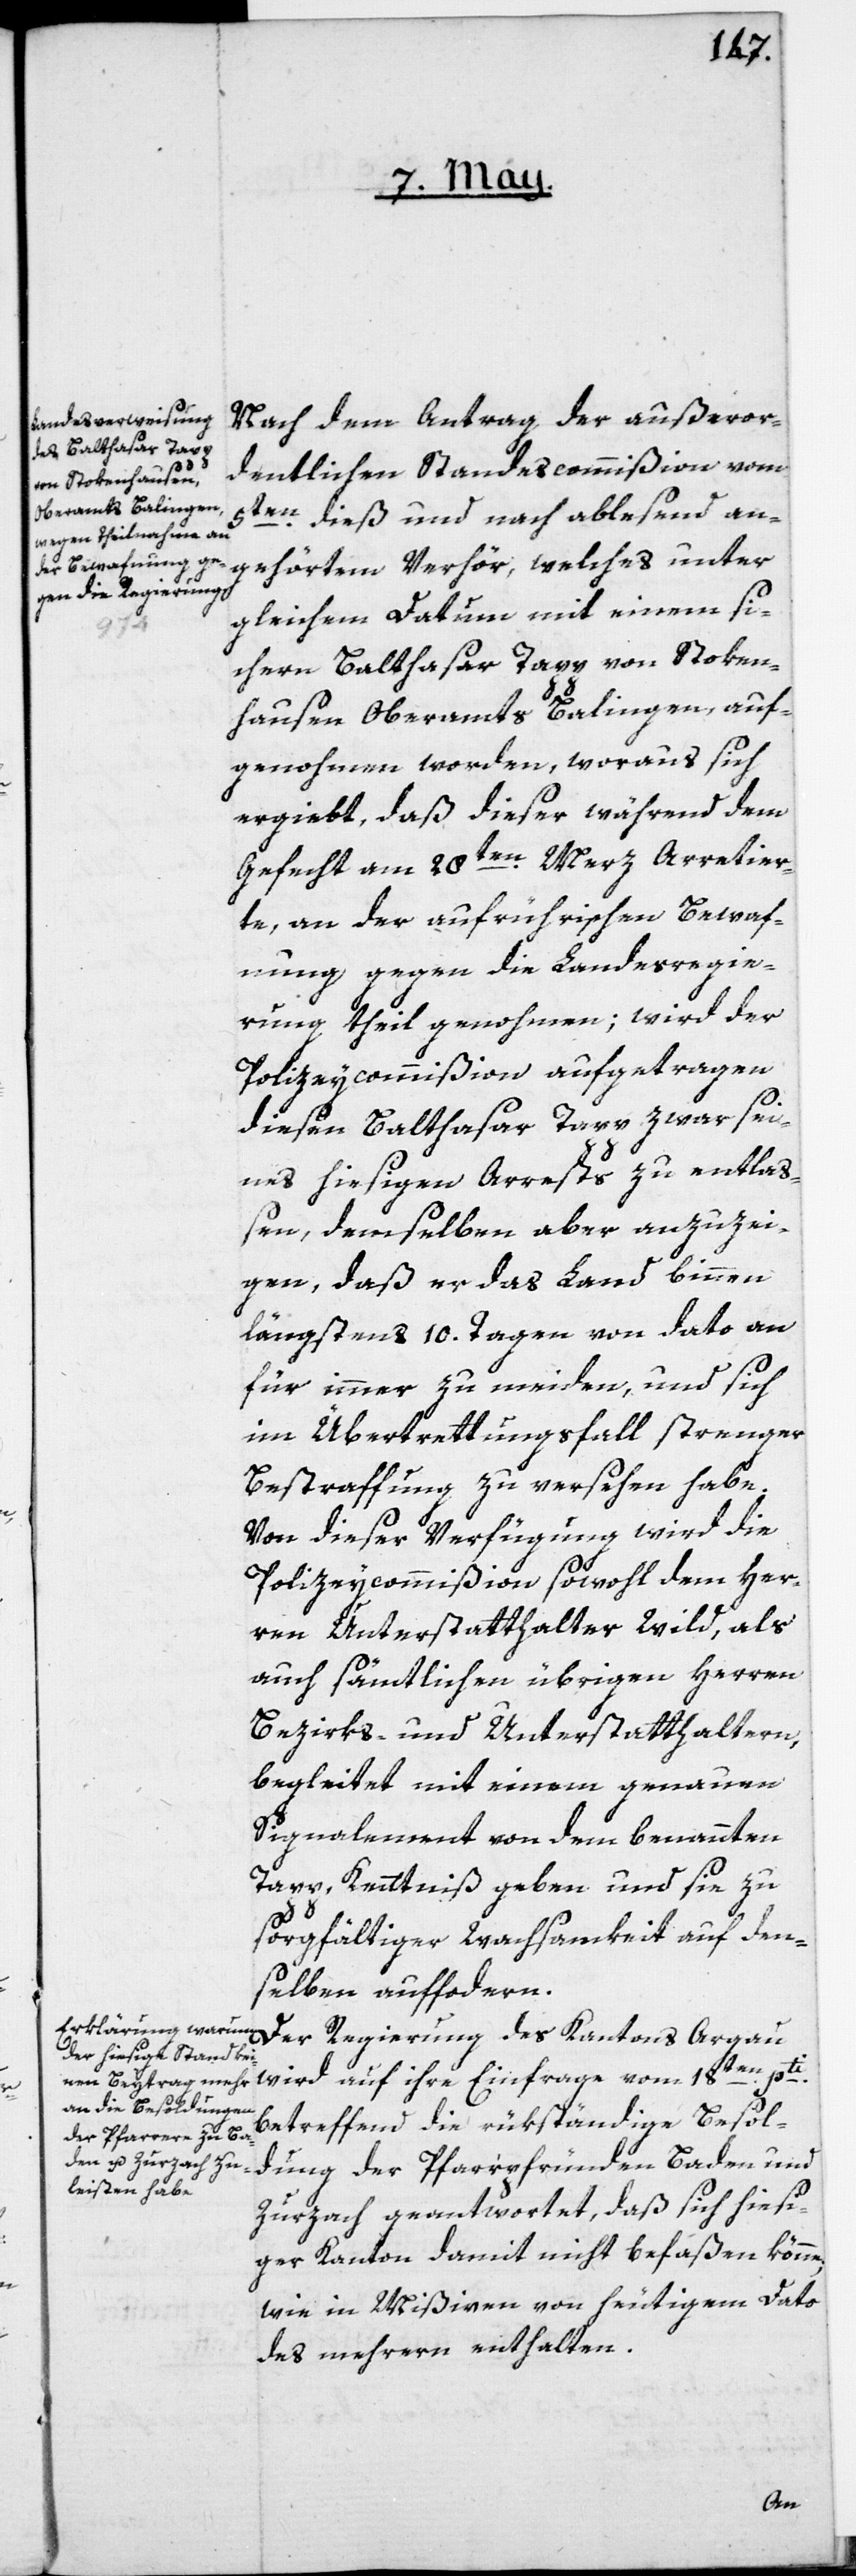
Nach dem Antrag der außeror¬
dentlichen Standescommißion vom
5ten dieß und nach ablesend an¬
gehörtem Verhör, welches unter
gleichem Datum mit einem si¬
chern Balthasar Tapp von Stoken¬
hausen, Oberamts Balingen, auf¬
genohmen worden, woraus sich
ergiebt, daß dieser während dem
Gefecht am 28ten Merz Arretier¬
te, an der aufrührischen Bewaf¬
ung gegen die Landesregie¬
rung theilgenohmen; wird der
Polizeycommißion aufgetragen
diesen Balthasar Tapp zwar sei¬
nes hiesigen Arrests zu entlaß¬
en, demselben aber anzuzei¬
gen, daß er das Land binnen
längstens 10. Tagen von dato an
für immer zu meiden, und sich
im Übertrettungsfall strenger
Bestraffung zu versehen habe.
Von dieser Verfügung wird die
Polizeiycommißion sowohl dem Her¬
ren Unterstatthalter Wild, als
auch sämtlichen übrigen Herren
Bezirks- und Unterstatthaltern,
begleitet mit einem genauen
Signalement von dem benannten
Tapp, Kenntniß geben und sie zu
sorgfältiger Wachsamkeit auf den¬
selben auffordern.
wird auf ihre Einfrage vom 18ten pti
betreffend die rükständige Besol¬
dung der Pfarrpfründen Baden und
Zurzach geantwortet, daß sich hiesi¬
ger Kanton damit nicht befaßen könne,
wie in Mißiven von heutigem Dato
des mehrern enthalten.